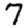
Digit: 7